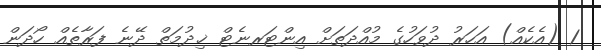
1 (އެކެއް) އަހަރު ދުވަހުގެ މުއްދަތަށް އިންޓަރނެޓް ޚިދުމަތް ދޭނެ ފަރާތެއް ހޯދަން